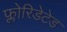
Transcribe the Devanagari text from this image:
फ्लोरिडेटेड